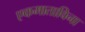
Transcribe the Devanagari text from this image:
एकमाताविना